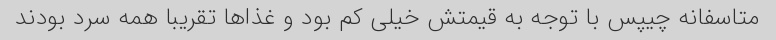
متاسفانه چیپس با توجه به قیمتش خیلی کم بود و غذاها تقریبا همه سرد بودند